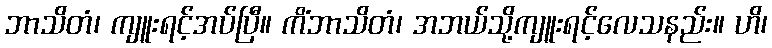
ဘာသိတံ၊ ကျူးရင့်အပ်ပြီ။ ကိံဘာသိတံ၊ အဘယ်သို့ကျူးရင့်လေသနည်း။ ဟိ၊